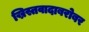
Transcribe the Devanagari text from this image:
ख्रिस्तवादाबरोबर